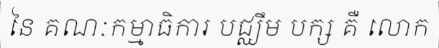
នៃ គណៈកម្មាធិការ បជ្ឈឹម បក្ស គឺ លោក